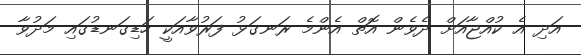
އަދި އެ ކުއްޖާއަށް ދެވެން އޮތް އެންމެ ރަނގަޅު ފަރުވާއަކީ ހަޑިގަނޑުގައި މަދުވާ